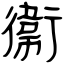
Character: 衞